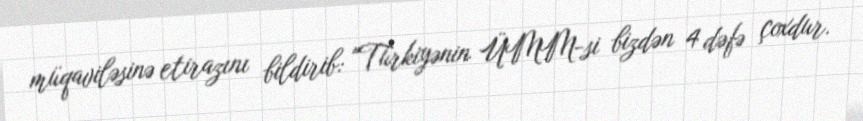
müqaviləsinə etirazını bildirib: "Türkiyənin ÜMM-si bizdən 4 dəfə çoxdur.